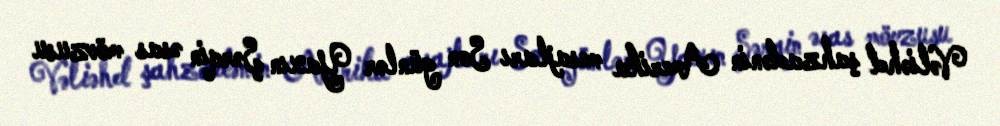
Vəliəhd şahzadənin Amerika mesajları Son günlər Yaxın Şərqin əsas mövzusu